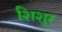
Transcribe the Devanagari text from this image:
शिशुर